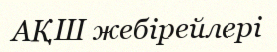
АҚШ жебірейлері